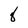
Character: 8